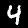
Digit: 4